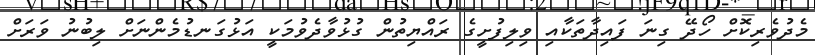
މެދުވެރިކޮށް ހޯދޭ ގިނަ ފައިދާތަކާއި ވިލިފުށީގެ ރައްޔިތުން ގުޅުވާދެވުމަކީ އަޅުގަނޑުމެންނަށް ލިބުނު ވަރަށް